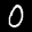
Label: 0